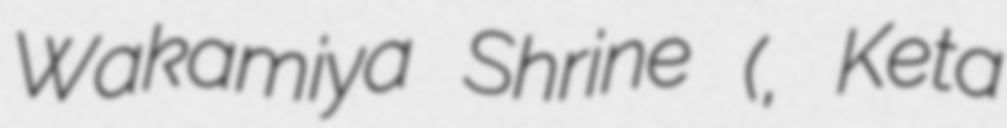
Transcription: Wakamiya Shrine (気多若宮神社, Keta